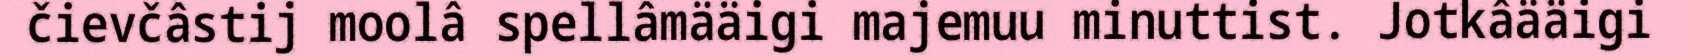
čievčâstij moolâ spellâmääigi majemuu minuttist. Jotkâääigi